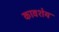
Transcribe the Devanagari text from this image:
कावशेय